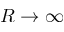
R \rightarrow \infty